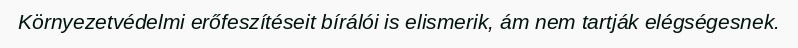
Környezetvédelmi erőfeszítéseit bírálói is elismerik, ám nem tartják elégségesnek.